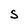
Character: S